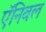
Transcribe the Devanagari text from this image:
ऍनिबल